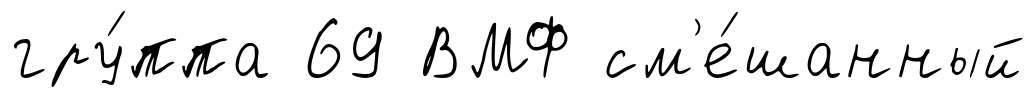
гру́ппа 69 ВМФ см'е́шанный